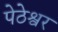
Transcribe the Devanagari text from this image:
पेठेश्वर